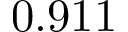
0 . 9 1 1